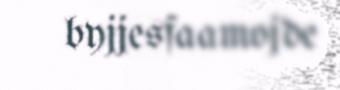
byjjesfaamojde